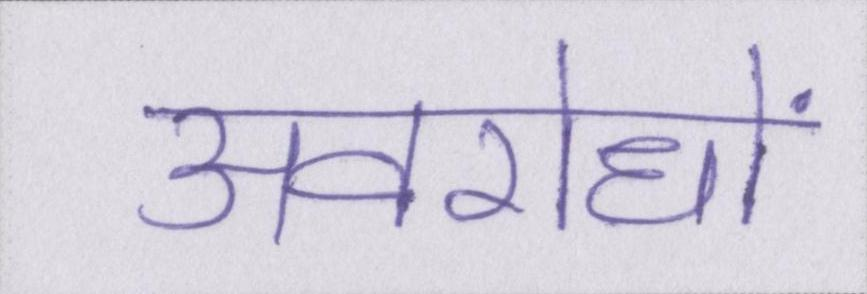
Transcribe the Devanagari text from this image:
अवरोधों